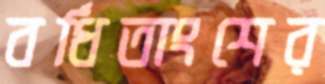
বর্ধিতাংশের